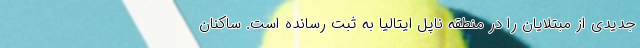
جدیدی از مبتلایان را در منطقه ناپل ایتالیا به ثبت رسانده است. ساکنان